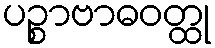
ပဉ္စာဗာဓဝတ္ထု